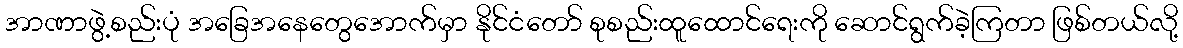
အာဏာဖွဲ့စည်းပုံ အခြေအနေတွေအောက်မှာ နိုင်ငံတော် စုစည်းထူထောင်ရေးကို ဆောင်ရွက်ခဲ့ကြတာ ဖြစ်တယ်လို့